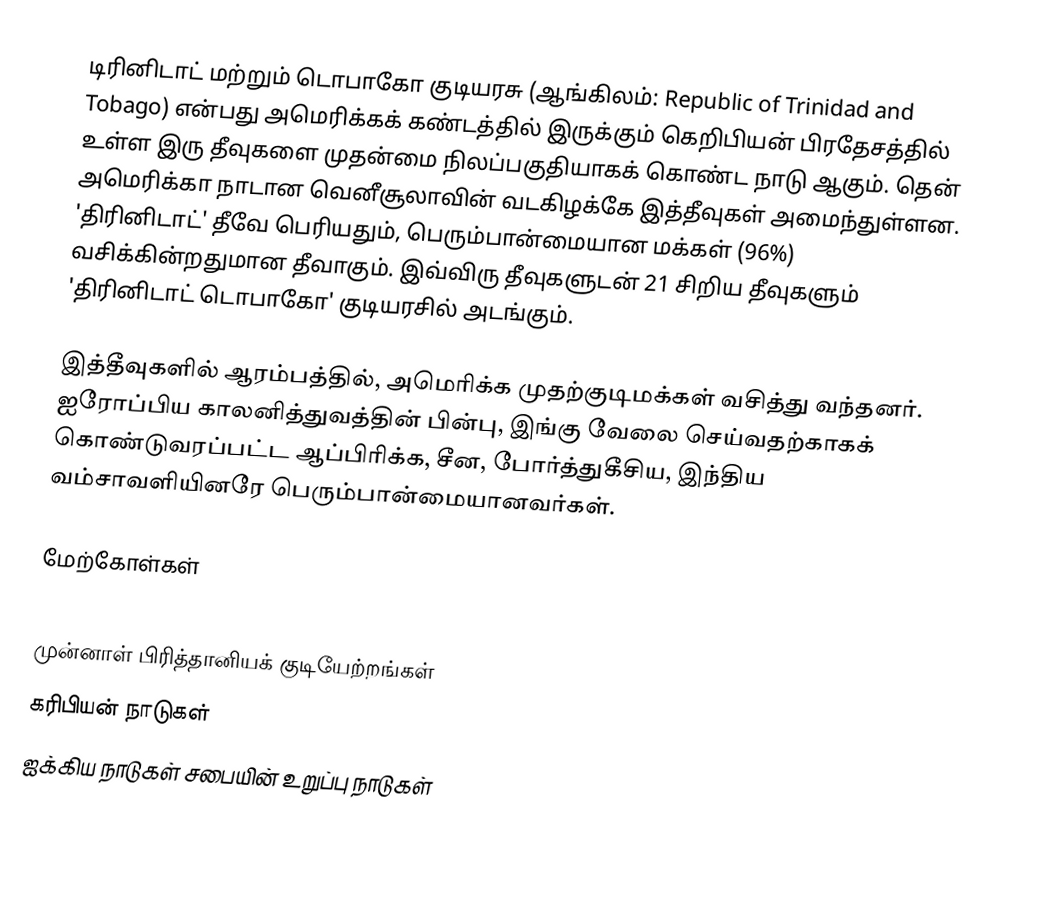
டிரினிடாட் மற்றும் டொபாகோ குடியரசு (ஆங்கிலம்: Republic of Trinidad and Tobago) என்பது அமெரிக்கக் கண்டத்தில் இருக்கும் கெறிபியன் பிரதேசத்தில் உள்ள இரு தீவுகளை முதன்மை நிலப்பகுதியாகக் கொண்ட நாடு ஆகும். தென் அமெரிக்கா நாடான வெனீசூலாவின் வடகிழக்கே இத்தீவுகள் அமைந்துள்ளன.  'திரினிடாட்' தீவே பெரியதும், பெரும்பான்மையான மக்கள் (96%) வசிக்கின்றதுமான தீவாகும். இவ்விரு தீவுகளுடன் 21 சிறிய தீவுகளும் 'திரினிடாட் டொபாகோ' குடியரசில் அடங்கும்.

இத்தீவுகளில் ஆரம்பத்தில், அமெரிக்க முதற்குடிமக்கள் வசித்து வந்தனர்.  ஐரோப்பிய காலனித்துவத்தின் பின்பு, இங்கு வேலை செய்வதற்காகக் கொண்டுவரப்பட்ட ஆப்பிரிக்க, சீன, போர்த்துகீசிய, இந்திய வம்சாவளியினரே பெரும்பான்மையானவர்கள்.

மேற்கோள்கள்

முன்னாள் பிரித்தானியக் குடியேற்றங்கள்
கரிபியன் நாடுகள்
ஐக்கிய நாடுகள் சபையின் உறுப்பு நாடுகள்